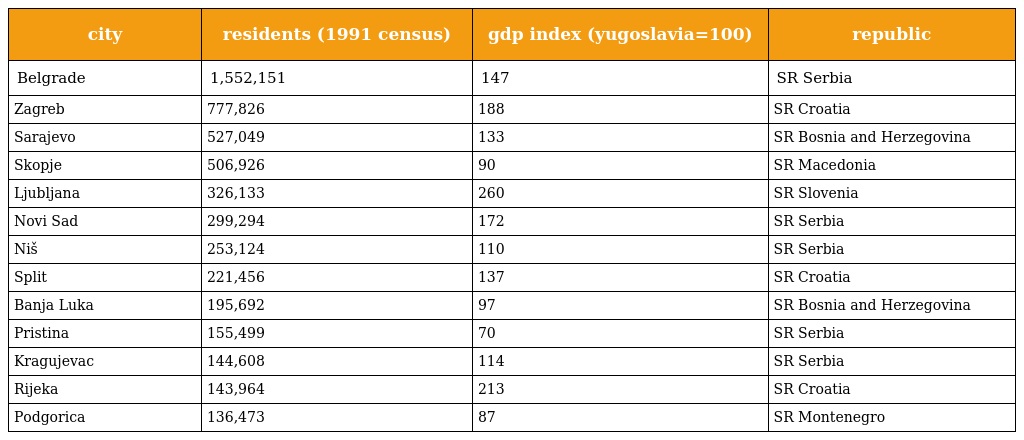
| city | residents (1991 census) | gdp index (yugoslavia=100) | republic |
 | --- | --- | --- | --- |
 | Belgrade | 1,552,151 | 147 | SR Serbia |
 | Zagreb | 777,826 | 188 | SR Croatia |
 | Sarajevo | 527,049 | 133 | SR Bosnia and Herzegovina |
 | Skopje | 506,926 | 90 | SR Macedonia |
 | Ljubljana | 326,133 | 260 | SR Slovenia |
 | Novi Sad | 299,294 | 172 | SR Serbia |
 | Niš | 253,124 | 110 | SR Serbia |
 | Split | 221,456 | 137 | SR Croatia |
 | Banja Luka | 195,692 | 97 | SR Bosnia and Herzegovina |
 | Pristina | 155,499 | 70 | SR Serbia |
 | Kragujevac | 144,608 | 114 | SR Serbia |
 | Rijeka | 143,964 | 213 | SR Croatia |
 | Podgorica | 136,473 | 87 | SR Montenegro |